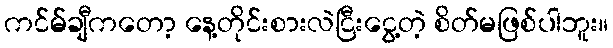
ကင်မ်ချီကတော့ နေ့တိုင်းစားလဲငြီးငွေ့တဲ့ စိတ်မဖြစ်ပါဘူး။